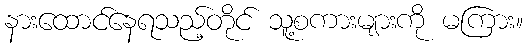
နားထောင်နေရသည့်တိုင် သူ့စကားများကို မကြား။